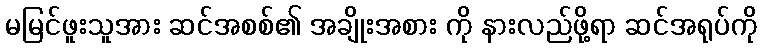
မမြင်ဖူးသူအား ဆင်အစစ်၏ အချိုးအစား ကို နားလည်ဖို့ရာ ဆင်အရုပ်ကို